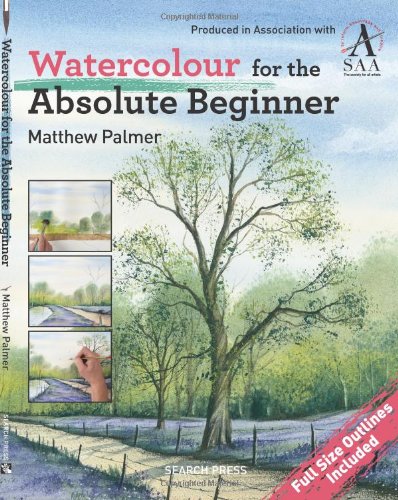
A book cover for Watercolour for the Absolute Beginner; Matthew Palmer; Arts & Photography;